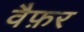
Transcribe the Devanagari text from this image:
वैफ़र